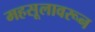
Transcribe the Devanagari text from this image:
महसूलावरून